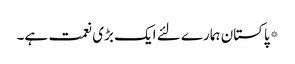
*پاکستان ہمارے لئے ایک بڑی نعمت ہے۔